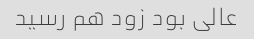
عالی بود زود هم رسید